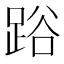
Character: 𨁖